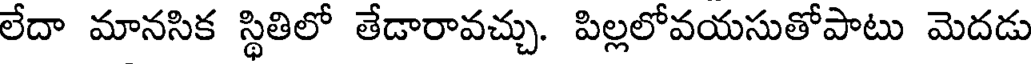
లేదా మానసిక స్థితిలో తేడారావచ్చు. పిల్లలోవయసుతోపాటు మెదడు